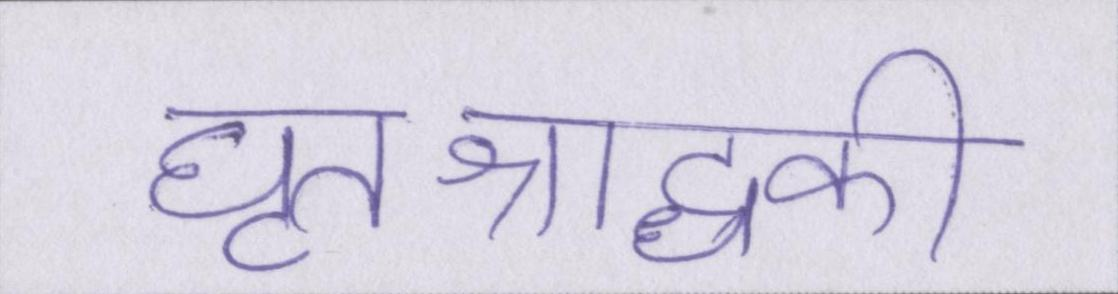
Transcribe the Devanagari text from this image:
घृतश्राद्धकी